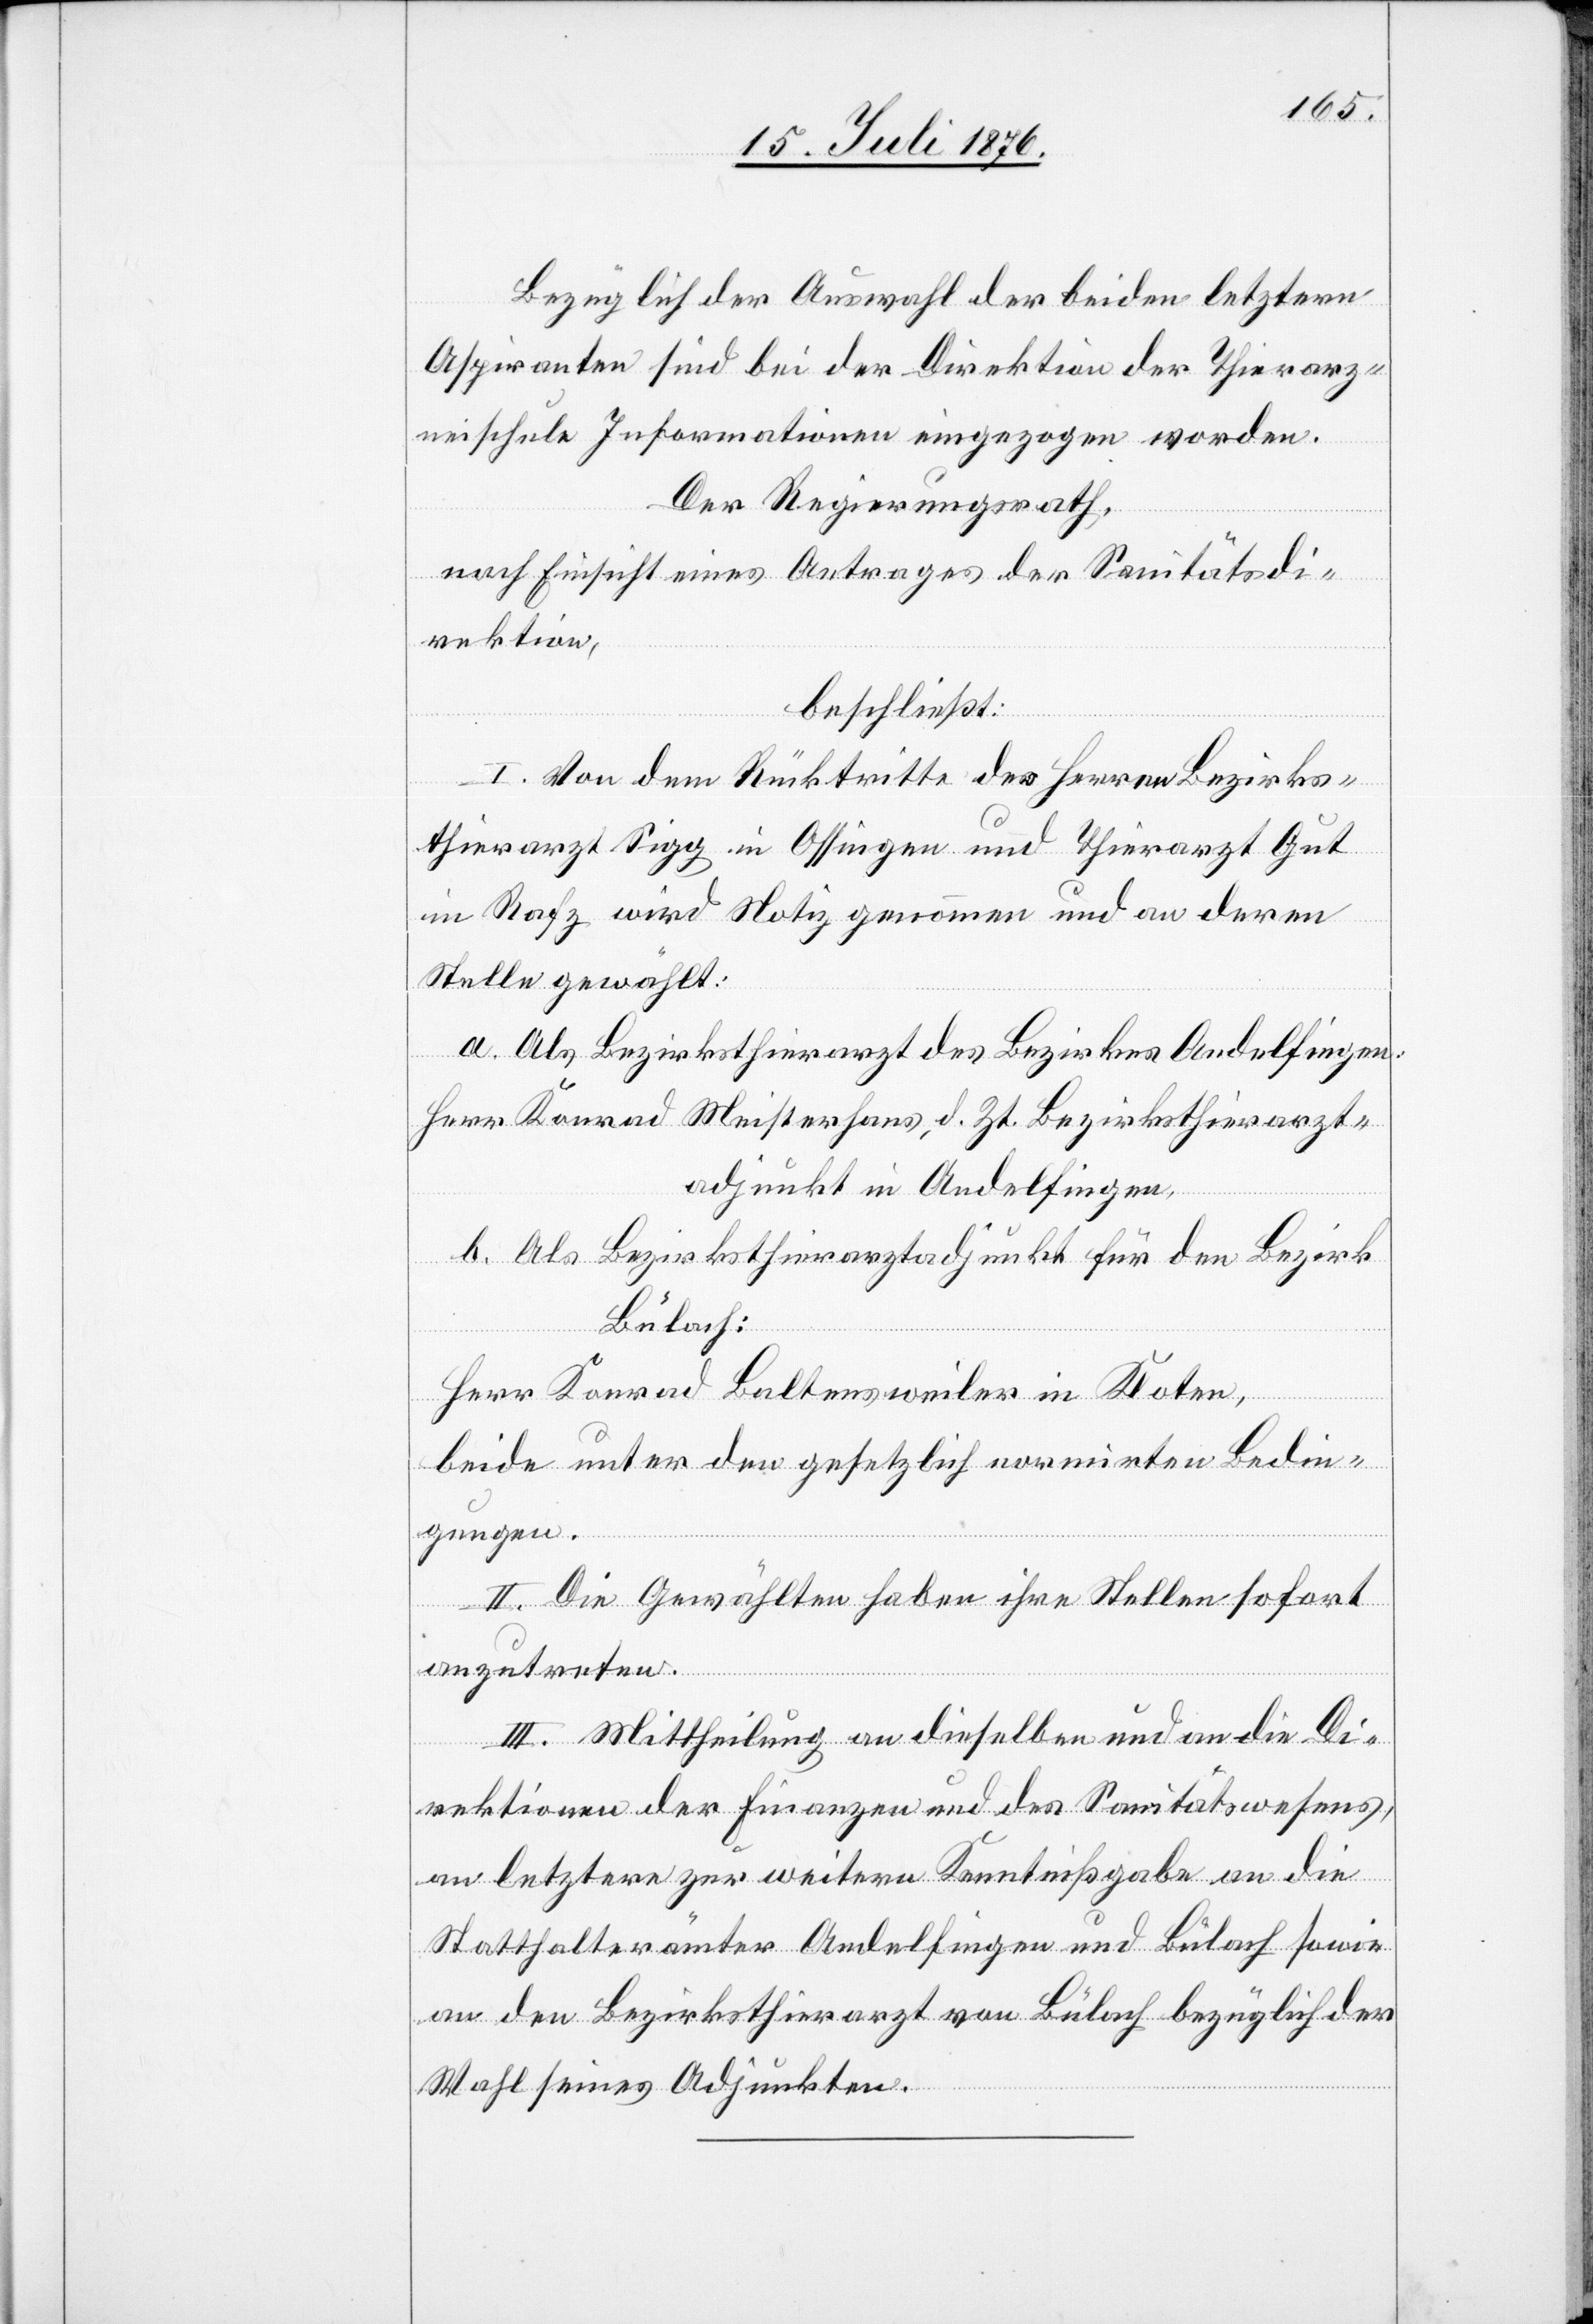
Bezüglich der Auswahl der beiden letztern
Aspiranten sind bei der Direktion der Thierarz¬
neischule Informationen eingezogen worden.
Der Regierungsrath,
nach Einsicht eines Antrages der Sanitätsdi¬
rektion,
beschließt:
I. Von dem Rücktritte des Herrn Bezirks¬
thierarzt Sigg in Ossingen und Thierarzt Gut
in Rafz wird Notiz genommen und an deren
Stelle gewählt:
a. Als Bezirksthierarzt des Bezirkes Andelfingen:
Herr Konrad Meisterhans, d. Zt. Bezirksthierarzt¬
adjunkt in Andelfingen.
b. Als Bezirksthierarztadjunkt für den Bezirk
Bülach:
Herr Konrad Baltensweiler in Kloten,
beide unter den gesetzlich normirten Bedin¬
gungen.
II. Die Gewählten haben ihre Stellen sofort
anzutreten.
III. Mittheilung an dieselben und an die Di¬
rektion der Finanzen und des Sanitätswesens,
an letztere zur weitern Kenntnisgabe an die
Statthalterämter Andelfingen und Bülach sowie
an den Bezirksthierarzt von Bülach bezüglich der
Wahl seines Adjunkten.